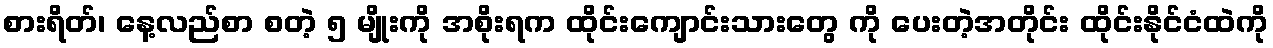
စားရိတ်၊ နေ့လည်စာ စတဲ့ ၅ မျိုးကို အစိုးရက ထိုင်းကျောင်းသားတွေ ကို ပေးတဲ့အတိုင်း ထိုင်းနိုင်ငံထဲကို